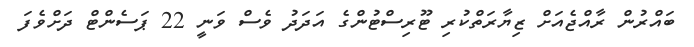
ބައްރުން ރާއްޖެއަށް ޒިޔާރަތްކުރި ޓޫރިސްޓުންގެ އަދަދު ވެސް ވަނީ 22 ޕަސެންޓް ދަށްވެފަ